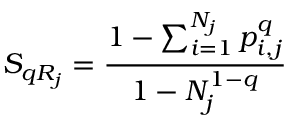
S _ { q R _ { j } } = \frac { 1 - \sum _ { i = 1 } ^ { N _ { j } } p _ { i , j } ^ { q } } { 1 - N _ { j } ^ { 1 - q } }